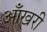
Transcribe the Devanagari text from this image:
आँखरी